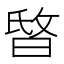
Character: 𣇻